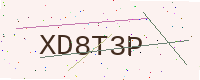
Text: XD8T3P